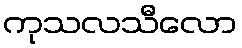
ကုသလသီလော